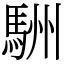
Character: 駲